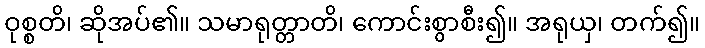
ဝုစ္စတိ၊ ဆိုအပ်၏။ သမာရုတ္တာတိ၊ ကောင်းစွာစီး၍။ အရုယှ၊ တက်၍။